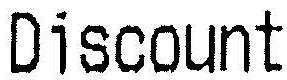
DISCOUNT